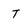
Character: T